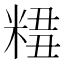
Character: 𥺣